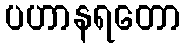
ပဟာနရတော